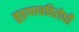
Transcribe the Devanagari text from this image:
बुढ़ापाचविरोधी